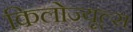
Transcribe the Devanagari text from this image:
किलोज्यूल्स